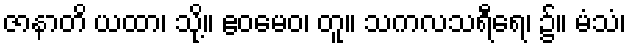
ဇာနာတိ ယထာ၊ သို့။ ဧဝမေဝ၊ တူ။ သကလသရီရေ၊ ၌။ မံသံ၊